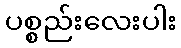
ပစ္စည်းလေးပါး